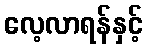
လေ့လာရန်နှင့်